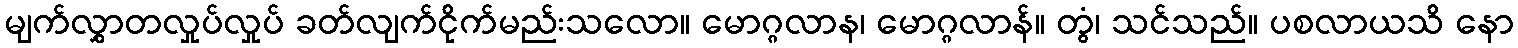
မျက်လွှာတလှုပ်လှုပ် ခတ်လျက်ငိုက်မည်းသလော။ မောဂ္ဂလာန၊ မောဂ္ဂလာန်။ တွံ၊ သင်သည်။ ပစလာယသိ နော